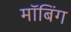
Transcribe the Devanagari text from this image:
मॉबिंग